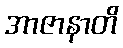
အာဇာနာတိ